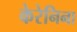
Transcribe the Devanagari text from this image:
केरेनिना